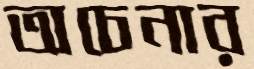
অচেনার